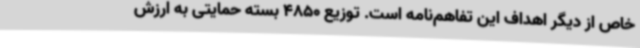
خاص از دیگر اهداف این تفاهم‌نامه است. توزیع 4850 بسته حمایتی به ارزش